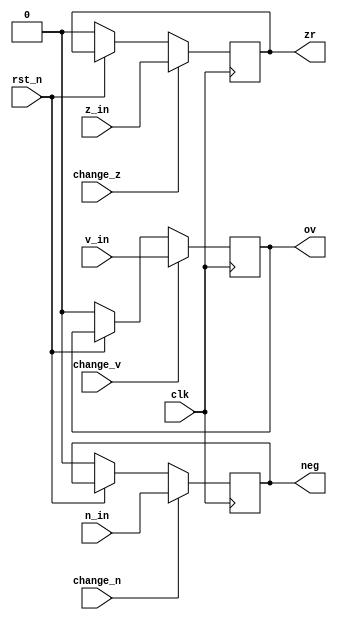
module flags(zr, neg, ov, change_z, change_n, change_v, z_in, n_in, v_in, rst_n, clk);

  input change_z, change_n, change_v;
  input z_in, n_in, v_in, rst_n, clk;
  output reg zr, neg, ov;

  always@(posedge clk) begin
    if(~rst_n) begin
	  zr <= 1'b0;
	  neg <= 1'b0;
	  ov <= 1'b0;
	end
    if(change_z == 1'b1) zr  <= z_in;
    if(change_n == 1'b1) neg <= n_in;
    if(change_v == 1'b1) ov  <= v_in;
  end

endmodule